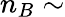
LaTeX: n_{B}\sim